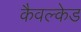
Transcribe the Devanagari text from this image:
कैवल्केड